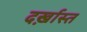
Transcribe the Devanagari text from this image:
दर्ख़ास्त